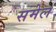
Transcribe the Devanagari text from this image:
समेल